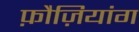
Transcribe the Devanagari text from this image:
फ़ौज़ियांग